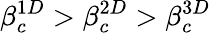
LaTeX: \beta_{c}^{1D}>\beta_{c}^{2D}>\beta_{c}^{3D}